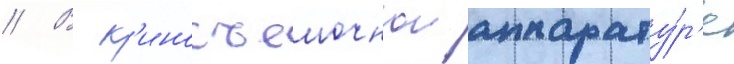
// В к'иносъемочнои аппарату́р'е